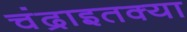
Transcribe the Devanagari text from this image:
चंद्राइतक्या